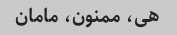
هی، ممنون، مامان